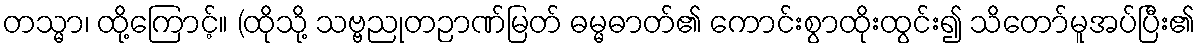
တသ္မာ၊ ထို့ကြောင့်။ (ထိုသို့ သဗ္ဗညုတဉာဏ်မြတ် ဓမ္မဓာတ်၏ ကောင်းစွာထိုးထွင်း၍ သိတော်မူအပ်ပြီး၏